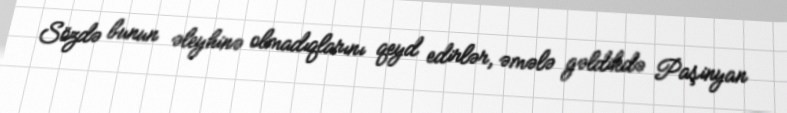
Sözdə bunun əleyhinə olmadıqlarını qeyd edirlər, əmələ gəldikdə Paşinyan